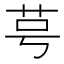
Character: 𫇯